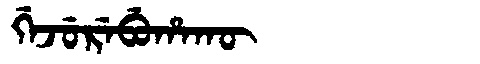
Manchu: ᡤᡝᠵᡠᡵᡝᠪᡠᡥᠠᡴᡡ
Romanization: GEJUREBUHAKŪ